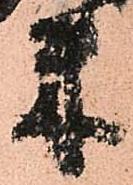
米